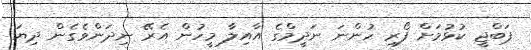
ޕަބްޖީ ކުޅުމަށް ފޯރި ހުންނަ ނަދީމްގެ އާއިލާ މީހުން އެރޭ ނިދަންވެގެން ދިޔަ